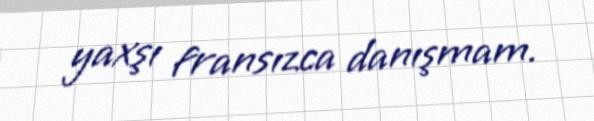
yaxşı fransızca danışmam.